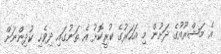
އެ މަޝްރޫއުގެ ދަށުން މި އަހަރުގެ ކުރީކޮޅު އެ ތަނުގައި ދިވެހި ކުދިންނަށް